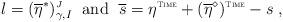
LaTeX: \begin{align*}l = (\overline{\eta}^{*})^{\mbox{\tiny $J$}}_{\gamma,I}\; \mbox{ and }\; \overline{s} = \eta^{\mbox{\tiny \sc Time}} + (\overline{\eta}^{\diamond})^{\mbox{\tiny \sc Time}} - s\;,\end{align*}